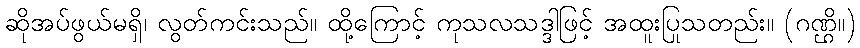
ဆိုအပ်ဖွယ်မရှိ၊ လွတ်ကင်းသည်။ ထို့ကြောင့် ကုသလသဒ္ဒါဖြင့် အထူးပြုသတည်း။ (ဂဏ္ဌိ။)